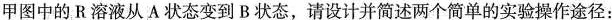
甲图中的 R 溶液从 A 状态变到B状态，请设计并简述两个简单的实验操作途径：